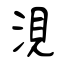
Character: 涀